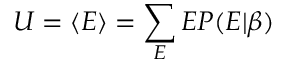
U = \langle E \rangle = \sum _ { E } E P ( E | \beta )